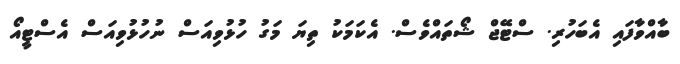
ބާއްވާފައި އެބަހުރި. ސްޓޭޖް ޝޯތައްވެސް. އެކަމަކު ތިޔަ މަގު ހުޅުވިއަސް ނުހުޅުވިއަސް އެސްޓީއޯ